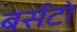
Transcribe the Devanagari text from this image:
बर्सटो